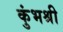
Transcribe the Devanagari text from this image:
कुंभश्री